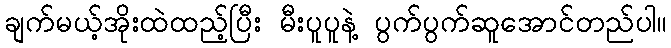
ချက်မယ့်အိုးထဲထည့်ပြီး မီးပူပူနဲ့ ပွက်ပွက်ဆူအောင်တည်ပါ။